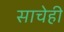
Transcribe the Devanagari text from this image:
साचेही